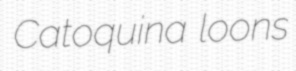
Catoquina loons